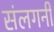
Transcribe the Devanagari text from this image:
संलगनी